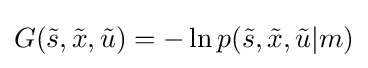
G({\tilde {s}},{\tilde {x}},{\tilde {u}})=-\ln p({\tilde {s}},{\tilde {x}},{\tilde {u}}\vert m)